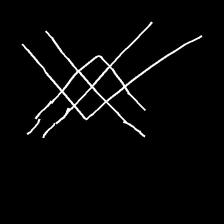
Glyph: crystal